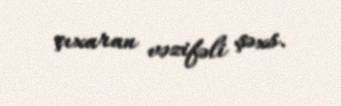
çıxaran vəzifəli şəxs.